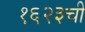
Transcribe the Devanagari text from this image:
१६२३ची